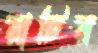
রাচির